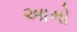
આમો